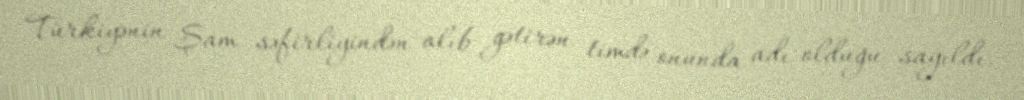
Türkiyənin Şam səfirliyindən alıb gətirən timdə onunda adı olduğu sayıldı.